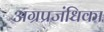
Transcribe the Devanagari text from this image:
अग्रप्रजंधिका